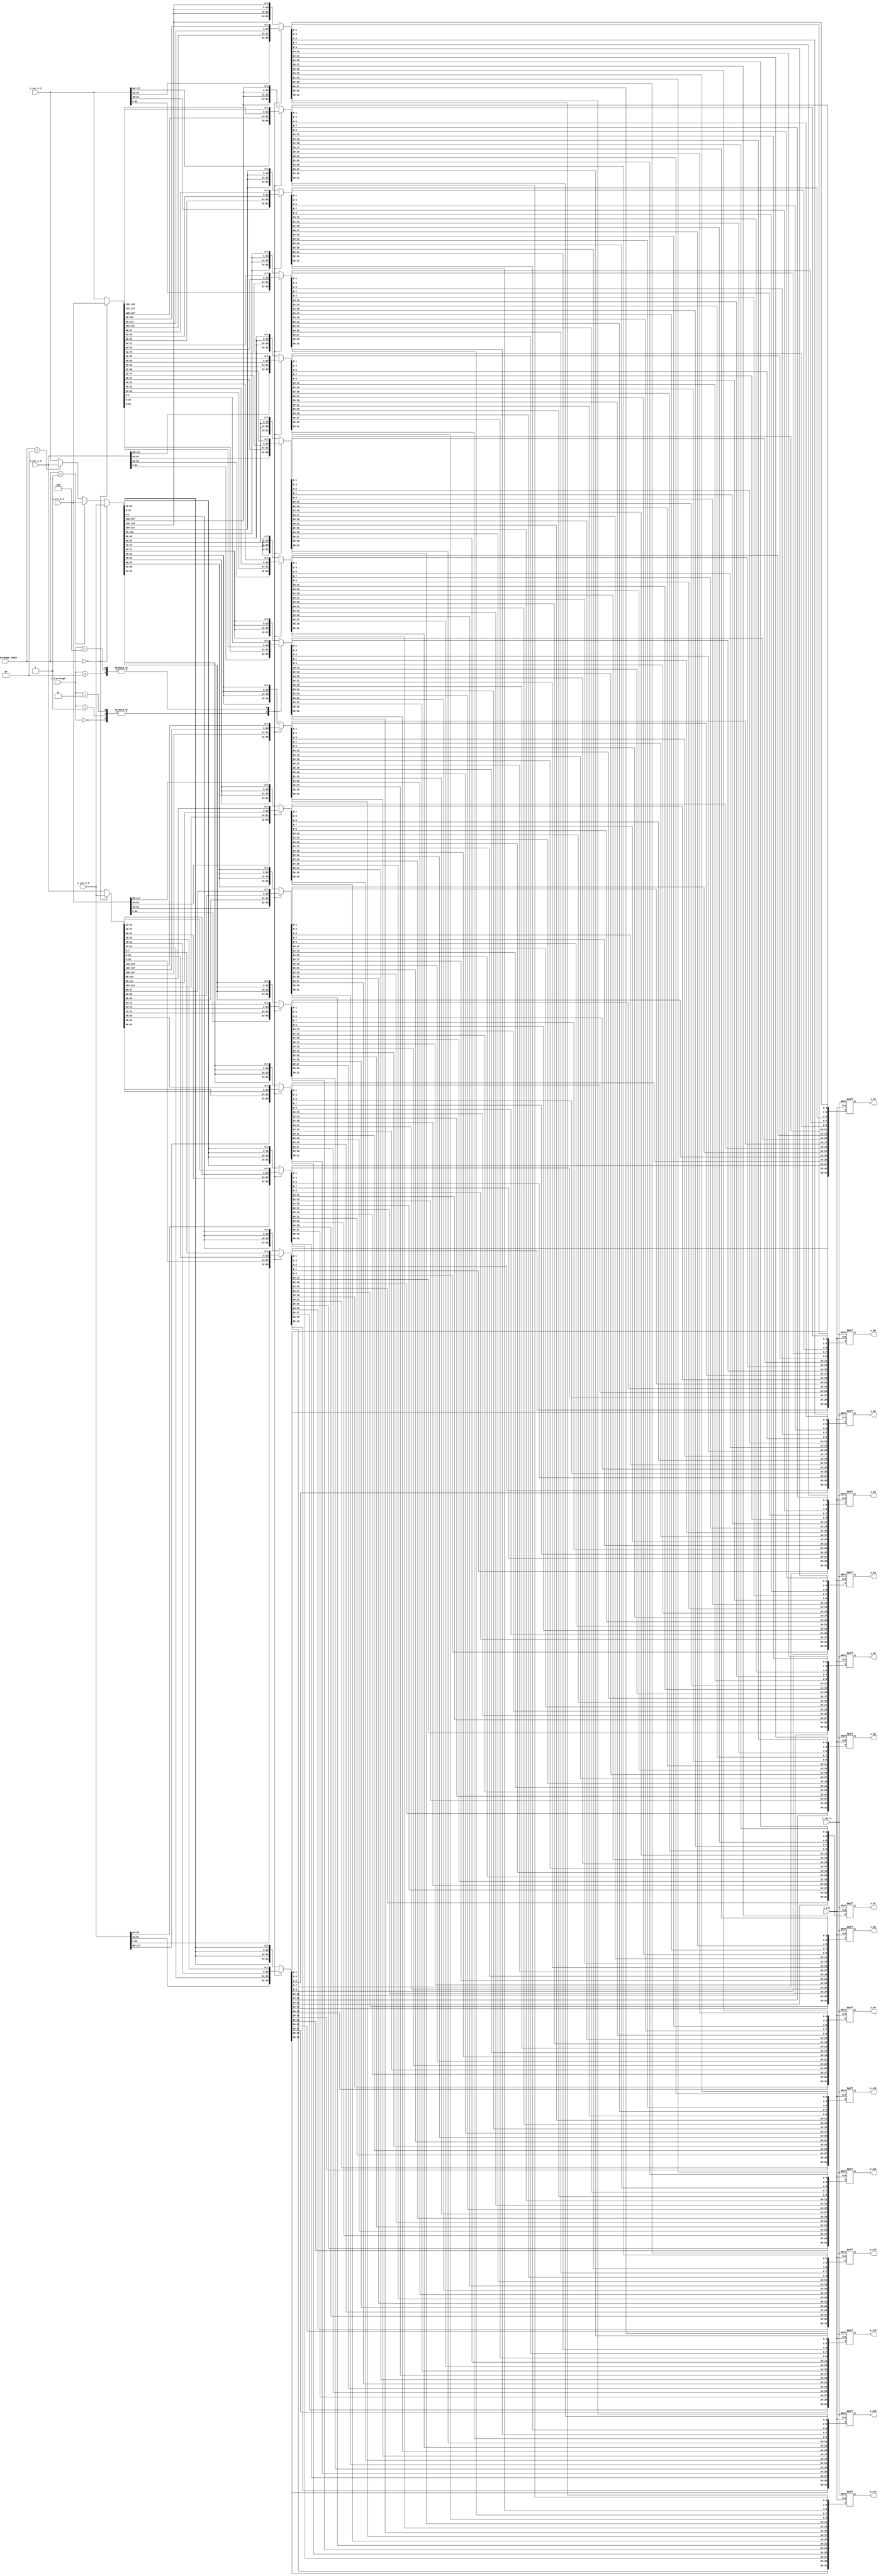
module activation_arrange(
  input i_clk,
  input i_rst_n,
  input [127:0] i_src_A_0,
  input [127:0] i_src_A_1,
  input [127:0] i_src_A_2,
  input [127:0] i_src_A_3,
  input [2:0] i_A_arrange,
  input [1:0] i_A_arrange_index,
  output reg [31:0] o_A0,
  output reg [31:0] o_A1,
  output reg [31:0] o_A2,
  output reg [31:0] o_A3,
  output reg [31:0] o_A4,
  output reg [31:0] o_A5,
  output reg [31:0] o_A6,
  output reg [31:0] o_A7,
  output reg [31:0] o_A8,
  output reg [31:0] o_A9,
  output reg [31:0] o_A10,
  output reg [31:0] o_A11,
  output reg [31:0] o_A12,
  output reg [31:0] o_A13,
  output reg [31:0] o_A14,
  output reg [31:0] o_A15
);

  reg [31:0] A0_temp;
  reg [31:0] A1_temp;
  reg [31:0] A2_temp;
  reg [31:0] A3_temp;
  reg [31:0] A4_temp;
  reg [31:0] A5_temp;
  reg [31:0] A6_temp;
  reg [31:0] A7_temp;
  reg [31:0] A8_temp;
  reg [31:0] A9_temp;
  reg [31:0] A10_temp;
  reg [31:0] A11_temp;
  reg [31:0] A12_temp;
  reg [31:0] A13_temp;
  reg [31:0] A14_temp;
  reg [31:0] A15_temp;

  wire [31:0] A0_temp_new  = {A0_temp[1:0], A1_temp[1:0], A2_temp[1:0], A3_temp[1:0], A4_temp[1:0], A5_temp[1:0], A6_temp[1:0], A7_temp[1:0], A8_temp[1:0], A9_temp[1:0], A10_temp[1:0], A11_temp[1:0], A12_temp[1:0], A13_temp[1:0], A14_temp[1:0], A15_temp[1:0]};
  wire [31:0] A1_temp_new  = {A0_temp[3:2], A1_temp[3:2], A2_temp[3:2], A3_temp[3:2], A4_temp[3:2], A5_temp[3:2], A6_temp[3:2], A7_temp[3:2], A8_temp[3:2], A9_temp[3:2], A10_temp[3:2], A11_temp[3:2], A12_temp[3:2], A13_temp[3:2], A14_temp[3:2], A15_temp[3:2]};
  wire [31:0] A2_temp_new  = {A0_temp[5:4], A1_temp[5:4], A2_temp[5:4], A3_temp[5:4], A4_temp[5:4], A5_temp[5:4], A6_temp[5:4], A7_temp[5:4], A8_temp[5:4], A9_temp[5:4], A10_temp[5:4], A11_temp[5:4], A12_temp[5:4], A13_temp[5:4], A14_temp[5:4], A15_temp[5:4]};
  wire [31:0] A3_temp_new  = {A0_temp[7:6], A1_temp[7:6], A2_temp[7:6], A3_temp[7:6], A4_temp[7:6], A5_temp[7:6], A6_temp[7:6], A7_temp[7:6], A8_temp[7:6], A9_temp[7:6], A10_temp[7:6], A11_temp[7:6], A12_temp[7:6], A13_temp[7:6], A14_temp[7:6], A15_temp[7:6]};
  wire [31:0] A4_temp_new  = {A0_temp[9:8], A1_temp[9:8], A2_temp[9:8], A3_temp[9:8], A4_temp[9:8], A5_temp[9:8], A6_temp[9:8], A7_temp[9:8], A8_temp[9:8], A9_temp[9:8], A10_temp[9:8], A11_temp[9:8], A12_temp[9:8], A13_temp[9:8], A14_temp[9:8], A15_temp[9:8]};
  wire [31:0] A5_temp_new  = {A0_temp[11:10], A1_temp[11:10], A2_temp[11:10], A3_temp[11:10], A4_temp[11:10], A5_temp[11:10], A6_temp[11:10], A7_temp[11:10], A8_temp[11:10], A9_temp[11:10], A10_temp[11:10], A11_temp[11:10], A12_temp[11:10], A13_temp[11:10], A14_temp[11:10], A15_temp[11:10]};
  wire [31:0] A6_temp_new  = {A0_temp[13:12], A1_temp[13:12], A2_temp[13:12], A3_temp[13:12], A4_temp[13:12], A5_temp[13:12], A6_temp[13:12], A7_temp[13:12], A8_temp[13:12], A9_temp[13:12], A10_temp[13:12], A11_temp[13:12], A12_temp[13:12], A13_temp[13:12], A14_temp[13:12], A15_temp[13:12]};
  wire [31:0] A7_temp_new  = {A0_temp[15:14], A1_temp[15:14], A2_temp[15:14], A3_temp[15:14], A4_temp[15:14], A5_temp[15:14], A6_temp[15:14], A7_temp[15:14], A8_temp[15:14], A9_temp[15:14], A10_temp[15:14], A11_temp[15:14], A12_temp[15:14], A13_temp[15:14], A14_temp[15:14], A15_temp[15:14]};
  wire [31:0] A8_temp_new  = {A0_temp[17:16], A1_temp[17:16], A2_temp[17:16], A3_temp[17:16], A4_temp[17:16], A5_temp[17:16], A6_temp[17:16], A7_temp[17:16], A8_temp[17:16], A9_temp[17:16], A10_temp[17:16], A11_temp[17:16], A12_temp[17:16], A13_temp[17:16], A14_temp[17:16], A15_temp[17:16]};
  wire [31:0] A9_temp_new  = {A0_temp[19:18], A1_temp[19:18], A2_temp[19:18], A3_temp[19:18], A4_temp[19:18], A5_temp[19:18], A6_temp[19:18], A7_temp[19:18], A8_temp[19:18], A9_temp[19:18], A10_temp[19:18], A11_temp[19:18], A12_temp[19:18], A13_temp[19:18], A14_temp[19:18], A15_temp[19:18]};
  wire [31:0] A10_temp_new = {A0_temp[21:20], A1_temp[21:20], A2_temp[21:20], A3_temp[21:20], A4_temp[21:20], A5_temp[21:20], A6_temp[21:20], A7_temp[21:20], A8_temp[21:20], A9_temp[21:20], A10_temp[21:20], A11_temp[21:20], A12_temp[21:20], A13_temp[21:20], A14_temp[21:20], A15_temp[21:20]};
  wire [31:0] A11_temp_new = {A0_temp[23:22], A1_temp[23:22], A2_temp[23:22], A3_temp[23:22], A4_temp[23:22], A5_temp[23:22], A6_temp[23:22], A7_temp[23:22], A8_temp[23:22], A9_temp[23:22], A10_temp[23:22], A11_temp[23:22], A12_temp[23:22], A13_temp[23:22], A14_temp[23:22], A15_temp[23:22]};
  wire [31:0] A12_temp_new = {A0_temp[25:24], A1_temp[25:24], A2_temp[25:24], A3_temp[25:24], A4_temp[25:24], A5_temp[25:24], A6_temp[25:24], A7_temp[25:24], A8_temp[25:24], A9_temp[25:24], A10_temp[25:24], A11_temp[25:24], A12_temp[25:24], A13_temp[25:24], A14_temp[25:24], A15_temp[25:24]};
  wire [31:0] A13_temp_new = {A0_temp[27:26], A1_temp[27:26], A2_temp[27:26], A3_temp[27:26], A4_temp[27:26], A5_temp[27:26], A6_temp[27:26], A7_temp[27:26], A8_temp[27:26], A9_temp[27:26], A10_temp[27:26], A11_temp[27:26], A12_temp[27:26], A13_temp[27:26], A14_temp[27:26], A15_temp[27:26]};
  wire [31:0] A14_temp_new = {A0_temp[29:28], A1_temp[29:28], A2_temp[29:28], A3_temp[29:28], A4_temp[29:28], A5_temp[29:28], A6_temp[29:28], A7_temp[29:28], A8_temp[29:28], A9_temp[29:28], A10_temp[29:28], A11_temp[29:28], A12_temp[29:28], A13_temp[29:28], A14_temp[29:28], A15_temp[29:28]};
  wire [31:0] A15_temp_new = {A0_temp[31:30], A1_temp[31:30], A2_temp[31:30], A3_temp[31:30], A4_temp[31:30], A5_temp[31:30], A6_temp[31:30], A7_temp[31:30], A8_temp[31:30], A9_temp[31:30], A10_temp[31:30], A11_temp[31:30], A12_temp[31:30], A13_temp[31:30], A14_temp[31:30], A15_temp[31:30]};
  
  
  always@(posedge i_clk or negedge i_rst_n)begin
    if(!i_rst_n)begin
      o_A0  <= 32'd0;
      o_A1  <= 32'd0;
      o_A2  <= 32'd0;
      o_A3  <= 32'd0;
      o_A4  <= 32'd0;
      o_A5  <= 32'd0;
      o_A6  <= 32'd0;
      o_A7  <= 32'd0;
      o_A8  <= 32'd0;
      o_A9  <= 32'd0;
      o_A10 <= 32'd0;
      o_A11 <= 32'd0;
      o_A12 <= 32'd0;
      o_A13 <= 32'd0;
      o_A14 <= 32'd0;
      o_A15 <= 32'd0;
    end else begin
      o_A0  <= A0_temp_new;  
      o_A1  <= A1_temp_new;
      o_A2  <= A2_temp_new;
      o_A3  <= A3_temp_new;
      o_A4  <= A4_temp_new;
      o_A5  <= A5_temp_new;
      o_A6  <= A6_temp_new;
      o_A7  <= A7_temp_new;
      o_A8  <= A8_temp_new;
      o_A9  <= A9_temp_new;
      o_A10 <= A10_temp_new;
      o_A11 <= A11_temp_new;
      o_A12 <= A12_temp_new;
      o_A13 <= A13_temp_new;
      o_A14 <= A14_temp_new;
      o_A15 <= A15_temp_new; 
    end
  end

  wire [127:0] A_for_now_8;
  assign A_for_now_8 = (i_A_arrange_index==2'd0) ? i_src_A_0 :
                       (i_A_arrange_index==2'd1) ? i_src_A_1 :
                       (i_A_arrange_index==2'd2) ? i_src_A_2 :
                       i_src_A_3;

  wire [127:0] A_for_now_4_0;
  assign A_for_now_4_0 = (i_A_arrange_index==2'd0) ? i_src_A_0 : i_src_A_2;
  wire [127:0] A_for_now_4_1;
  assign A_for_now_4_1 = (i_A_arrange_index==2'd0) ? i_src_A_1 : i_src_A_3;

  always@(*)begin
    case(i_A_arrange)
      3'd0:begin
        A0_temp  = i_src_A_0[31:0];
        A1_temp  = i_src_A_0[63:32];
        A2_temp  = i_src_A_0[95:64];
        A3_temp  = i_src_A_0[127:96];
        A4_temp  = i_src_A_1[31:0];
        A5_temp  = i_src_A_1[63:32];
        A6_temp  = i_src_A_1[95:64];
        A7_temp  = i_src_A_1[127:96];
        A8_temp  = i_src_A_2[31:0];
        A9_temp  = i_src_A_2[63:32];
        A10_temp = i_src_A_2[95:64];
        A11_temp = i_src_A_2[127:96];
        A12_temp = i_src_A_3[31:0];
        A13_temp = i_src_A_3[63:32];
        A14_temp = i_src_A_3[95:64];
        A15_temp = i_src_A_3[127:96];
      end
      3'd1:begin//42
        A0_temp  = i_src_A_0[31:0];
        A1_temp  = i_src_A_0[63:32];
        A2_temp  = i_src_A_0[95:64];
        A3_temp  = i_src_A_0[127:96];
        A4_temp  = i_src_A_1[31:0];
        A5_temp  = i_src_A_1[63:32];
        A6_temp  = i_src_A_1[95:64];
        A7_temp  = i_src_A_1[127:96];
        A8_temp  = i_src_A_2[31:0];
        A9_temp  = i_src_A_2[63:32];
        A10_temp = i_src_A_2[95:64];
        A11_temp = i_src_A_2[127:96];
        A12_temp = i_src_A_3[31:0];
        A13_temp = i_src_A_3[63:32];
        A14_temp = i_src_A_3[95:64];
        A15_temp = i_src_A_3[127:96];
      end
      3'd2:begin//44
        A0_temp  = {A_for_now_4_0[15:8], A_for_now_4_0[15:8], A_for_now_4_0[7:0], A_for_now_4_0[7:0]};
        A1_temp  = {A_for_now_4_0[31:24], A_for_now_4_0[31:24], A_for_now_4_0[23:16], A_for_now_4_0[23:16]};
        A2_temp  = {A_for_now_4_0[47:40], A_for_now_4_0[47:40], A_for_now_4_0[39:32], A_for_now_4_0[39:32]};
        A3_temp  = {A_for_now_4_0[63:56], A_for_now_4_0[63:56], A_for_now_4_0[55:48], A_for_now_4_0[55:48]};
        A4_temp  = {A_for_now_4_0[79:72], A_for_now_4_0[79:72], A_for_now_4_0[71:64], A_for_now_4_0[71:64]};
        A5_temp  = {A_for_now_4_0[95:88], A_for_now_4_0[95:88], A_for_now_4_0[87:80], A_for_now_4_0[87:80]};
        A6_temp  = {A_for_now_4_0[111:104], A_for_now_4_0[111:104], A_for_now_4_0[103:96], A_for_now_4_0[103:96]};
        A7_temp  = {A_for_now_4_0[127:120], A_for_now_4_0[127:120], A_for_now_4_0[119:112], A_for_now_4_0[119:112]};
        A8_temp  = {A_for_now_4_1[15:8], A_for_now_4_1[15:8], A_for_now_4_1[7:0], A_for_now_4_1[7:0]};
        A9_temp  = {A_for_now_4_1[31:24], A_for_now_4_1[31:24], A_for_now_4_1[23:16], A_for_now_4_1[23:16]};
        A10_temp = {A_for_now_4_1[47:40], A_for_now_4_1[47:40], A_for_now_4_1[39:32], A_for_now_4_1[39:32]};
        A11_temp = {A_for_now_4_1[63:56], A_for_now_4_1[63:56], A_for_now_4_1[55:48], A_for_now_4_1[55:48]};
        A12_temp = {A_for_now_4_1[79:72], A_for_now_4_1[79:72], A_for_now_4_1[71:64], A_for_now_4_1[71:64]};
        A13_temp = {A_for_now_4_1[95:88], A_for_now_4_1[95:88], A_for_now_4_1[87:80], A_for_now_4_1[87:80]};
        A14_temp = {A_for_now_4_1[111:104], A_for_now_4_1[111:104], A_for_now_4_1[103:96], A_for_now_4_1[103:96]};
        A15_temp = {A_for_now_4_1[127:120], A_for_now_4_1[127:120], A_for_now_4_1[119:112], A_for_now_4_1[119:112]};
      end
      3'd3:begin//82
        A0_temp  = i_src_A_0[31:0];
        A1_temp  = i_src_A_0[63:32];
        A2_temp  = i_src_A_0[95:64];
        A3_temp  = i_src_A_0[127:96];
        A4_temp  = i_src_A_1[31:0];
        A5_temp  = i_src_A_1[63:32];
        A6_temp  = i_src_A_1[95:64];
        A7_temp  = i_src_A_1[127:96];
        A8_temp  = i_src_A_2[31:0];
        A9_temp  = i_src_A_2[63:32];
        A10_temp = i_src_A_2[95:64];
        A11_temp = i_src_A_2[127:96];
        A12_temp = i_src_A_3[31:0];
        A13_temp = i_src_A_3[63:32];
        A14_temp = i_src_A_3[95:64];
        A15_temp = i_src_A_3[127:96];
      end
      3'd4:begin//84
        A0_temp  = {A_for_now_4_0[15:8], A_for_now_4_0[15:8], A_for_now_4_0[7:0], A_for_now_4_0[7:0]};
        A1_temp  = {A_for_now_4_0[31:24], A_for_now_4_0[31:24], A_for_now_4_0[23:16], A_for_now_4_0[23:16]};
        A2_temp  = {A_for_now_4_0[47:40], A_for_now_4_0[47:40], A_for_now_4_0[39:32], A_for_now_4_0[39:32]};
        A3_temp  = {A_for_now_4_0[63:56], A_for_now_4_0[63:56], A_for_now_4_0[55:48], A_for_now_4_0[55:48]};
        A4_temp  = {A_for_now_4_0[79:72], A_for_now_4_0[79:72], A_for_now_4_0[71:64], A_for_now_4_0[71:64]};
        A5_temp  = {A_for_now_4_0[95:88], A_for_now_4_0[95:88], A_for_now_4_0[87:80], A_for_now_4_0[87:80]};
        A6_temp  = {A_for_now_4_0[111:104], A_for_now_4_0[111:104], A_for_now_4_0[103:96], A_for_now_4_0[103:96]};
        A7_temp  = {A_for_now_4_0[127:120], A_for_now_4_0[127:120], A_for_now_4_0[119:112], A_for_now_4_0[119:112]};
        A8_temp  = {A_for_now_4_1[15:8], A_for_now_4_1[15:8], A_for_now_4_1[7:0], A_for_now_4_1[7:0]};
        A9_temp  = {A_for_now_4_1[31:24], A_for_now_4_1[31:24], A_for_now_4_1[23:16], A_for_now_4_1[23:16]};
        A10_temp = {A_for_now_4_1[47:40], A_for_now_4_1[47:40], A_for_now_4_1[39:32], A_for_now_4_1[39:32]};
        A11_temp = {A_for_now_4_1[63:56], A_for_now_4_1[63:56], A_for_now_4_1[55:48], A_for_now_4_1[55:48]};
        A12_temp = {A_for_now_4_1[79:72], A_for_now_4_1[79:72], A_for_now_4_1[71:64], A_for_now_4_1[71:64]};
        A13_temp = {A_for_now_4_1[95:88], A_for_now_4_1[95:88], A_for_now_4_1[87:80], A_for_now_4_1[87:80]};
        A14_temp = {A_for_now_4_1[111:104], A_for_now_4_1[111:104], A_for_now_4_1[103:96], A_for_now_4_1[103:96]};
        A15_temp = {A_for_now_4_1[127:120], A_for_now_4_1[127:120], A_for_now_4_1[119:112], A_for_now_4_1[119:112]};
      end
      default:begin//88
        A0_temp  = {A_for_now_8[7:0], A_for_now_8[7:0], A_for_now_8[7:0], A_for_now_8[7:0]};      
        A1_temp  = {A_for_now_8[15:8], A_for_now_8[15:8], A_for_now_8[15:8], A_for_now_8[15:8]};
        A2_temp  = {A_for_now_8[23:16], A_for_now_8[23:16], A_for_now_8[23:16], A_for_now_8[23:16]};
        A3_temp  = {A_for_now_8[31:24], A_for_now_8[31:24], A_for_now_8[31:24], A_for_now_8[31:24]};
        A4_temp  = {A_for_now_8[39:32], A_for_now_8[39:32], A_for_now_8[39:32], A_for_now_8[39:32]};
        A5_temp  = {A_for_now_8[47:40], A_for_now_8[47:40], A_for_now_8[47:40], A_for_now_8[47:40]};
        A6_temp  = {A_for_now_8[55:48], A_for_now_8[55:48], A_for_now_8[55:48], A_for_now_8[55:48]};
        A7_temp  = {A_for_now_8[63:56], A_for_now_8[63:56], A_for_now_8[63:56], A_for_now_8[63:56]};
        A8_temp  = {A_for_now_8[71:64], A_for_now_8[71:64], A_for_now_8[71:64], A_for_now_8[71:64]};
        A9_temp  = {A_for_now_8[79:72], A_for_now_8[79:72], A_for_now_8[79:72], A_for_now_8[79:72]};
        A10_temp = {A_for_now_8[87:80], A_for_now_8[87:80], A_for_now_8[87:80], A_for_now_8[87:80]};
        A11_temp = {A_for_now_8[95:88], A_for_now_8[95:88], A_for_now_8[95:88], A_for_now_8[95:88]};
        A12_temp = {A_for_now_8[103:96], A_for_now_8[103:96], A_for_now_8[103:96], A_for_now_8[103:96]};
        A13_temp = {A_for_now_8[111:104], A_for_now_8[111:104], A_for_now_8[111:104], A_for_now_8[111:104]};
        A14_temp = {A_for_now_8[119:112], A_for_now_8[119:112], A_for_now_8[119:112], A_for_now_8[119:112]};
        A15_temp = {A_for_now_8[127:120], A_for_now_8[127:120], A_for_now_8[127:120], A_for_now_8[127:120]};   
      end/*
      default:begin
        {A0_15, A0_14, A0_13, A0_12, A0_11, A0_10, A0_9, A0_8, A0_7, A0_6, A0_5, A0_4, A0_3, A0_2, A0_1, A0_0}                 = {A_for_now_8[7:0], A_for_now_8[7:0], A_for_now_8[7:0], A_for_now_8[7:0]};      
        {A1_15, A1_14, A1_13, A1_12, A1_11, A1_10, A1_9, A1_8, A1_7, A1_6, A1_5, A1_4, A1_3, A1_2, A1_1, A1_0}                 = {A_for_now_8[15:8], A_for_now_8[15:8], A_for_now_8[15:8], A_for_now_8[15:8]};
        {A2_15, A2_14, A2_13, A2_12, A2_11, A2_10, A2_9, A2_8, A2_7, A2_6, A2_5, A2_4, A2_3, A2_2, A2_1, A2_0}                 = {A_for_now_8[23:16], A_for_now_8[23:16], A_for_now_8[23:16], A_for_now_8[23:16]};
        {A3_15, A3_14, A3_13, A3_12, A3_11, A3_10, A3_9, A3_8, A3_7, A3_6, A3_5, A3_4, A3_3, A3_2, A3_1, A3_0}                 = {A_for_now_8[31:24], A_for_now_8[31:24], A_for_now_8[31:24], A_for_now_8[31:24]};
        {A4_15, A4_14, A4_13, A4_12, A4_11, A4_10, A4_9, A4_8, A4_7, A4_6, A4_5, A4_4, A4_3, A4_2, A4_1, A4_0}                 = {A_for_now_8[39:32], A_for_now_8[39:32], A_for_now_8[39:32], A_for_now_8[39:32]};
        {A5_15, A5_14, A5_13, A5_12, A5_11, A5_10, A5_9, A5_8, A5_7, A5_6, A5_5, A5_4, A5_3, A5_2, A5_1, A5_0}                 = {A_for_now_8[47:40], A_for_now_8[47:40], A_for_now_8[47:40], A_for_now_8[47:40]};
        {A6_15, A6_14, A6_13, A6_12, A6_11, A6_10, A6_9, A6_8, A6_7, A6_6, A6_5, A6_4, A6_3, A6_2, A6_1, A6_0}                 = {A_for_now_8[55:48], A_for_now_8[55:48], A_for_now_8[55:48], A_for_now_8[55:48]};
        {A7_15, A7_14, A7_13, A7_12, A7_11, A7_10, A7_9, A7_8, A7_7, A7_6, A7_5, A7_4, A7_3, A7_2, A7_1, A7_0}                 = {A_for_now_8[63:56], A_for_now_8[63:56], A_for_now_8[63:56], A_for_now_8[63:56]};
        {A8_15, A8_14, A8_13, A8_12, A8_11, A8_10, A8_9, A8_8, A8_7, A8_6, A8_5, A8_4, A8_3, A8_2, A8_1, A8_0}                 = {A_for_now_8[71:64], A_for_now_8[71:64], A_for_now_8[71:64], A_for_now_8[71:64]};
        {A9_15, A9_14, A9_13, A9_12, A9_11, A9_10, A9_9, A9_8, A9_7, A9_6, A9_5, A9_4, A9_3, A9_2, A9_1, A9_0}                 = {A_for_now_8[79:72], A_for_now_8[79:72], A_for_now_8[79:72], A_for_now_8[79:72]};
        {A10_15, A10_14, A10_13, A10_12, A10_11, A10_10, A10_9, A10_8, A10_7, A10_6, A10_5, A10_4, A10_3, A10_2, A10_1, A10_0} = {A_for_now_8[87:80], A_for_now_8[87:80], A_for_now_8[87:80], A_for_now_8[87:80]};
        {A11_15, A11_14, A11_13, A11_12, A11_11, A11_10, A11_9, A11_8, A11_7, A11_6, A11_5, A11_4, A11_3, A11_2, A11_1, A11_0} = {A_for_now_8[95:88], A_for_now_8[95:88], A_for_now_8[95:88], A_for_now_8[95:88]};
        {A12_15, A12_14, A12_13, A12_12, A12_11, A12_10, A12_9, A12_8, A12_7, A12_6, A12_5, A12_4, A12_3, A12_2, A12_1, A12_0} = {A_for_now_8[103:96], A_for_now_8[103:96], A_for_now_8[103:96], A_for_now_8[103:96]};
        {A13_15, A13_14, A13_13, A13_12, A13_11, A13_10, A13_9, A13_8, A13_7, A13_6, A13_5, A13_4, A13_3, A13_2, A13_1, A13_0} = {A_for_now_8[111:104], A_for_now_8[111:104], A_for_now_8[111:104], A_for_now_8[111:104]};
        {A14_15, A14_14, A14_13, A14_12, A14_11, A14_10, A14_9, A14_8, A14_7, A14_6, A14_5, A14_4, A14_3, A14_2, A14_1, A14_0} = {A_for_now_8[119:112], A_for_now_8[119:112], A_for_now_8[119:112], A_for_now_8[119:112]};
        {A15_15, A15_14, A15_13, A15_12, A15_11, A15_10, A15_9, A15_8, A15_7, A15_6, A15_5, A15_4, A15_3, A15_2, A15_1, A15_0} = {A_for_now_8[127:120], A_for_now_8[127:120], A_for_now_8[127:120], A_for_now_8[127:120]};   
      end*/
    endcase
  end

endmodule